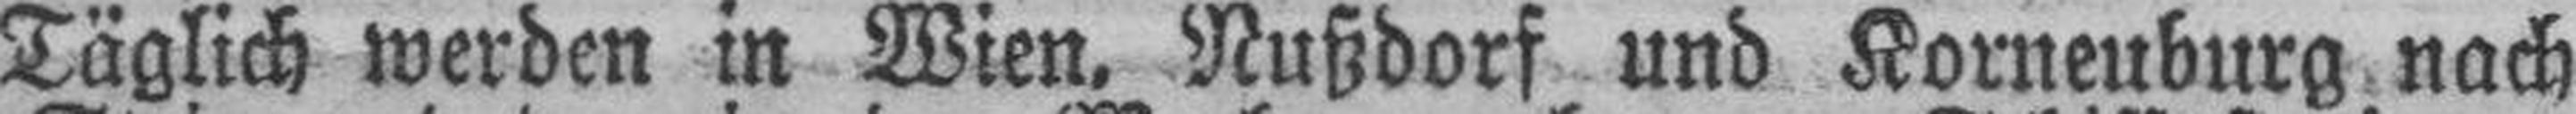
Täglich werden in Wien. Nußdorf und Korneuburg nach